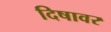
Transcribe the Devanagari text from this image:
दिषावर